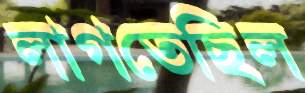
লাগতেছিল